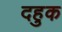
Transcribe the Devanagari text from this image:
दहुक